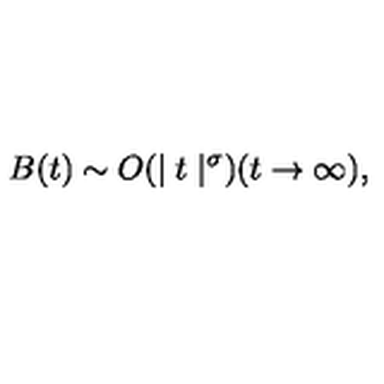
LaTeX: B ( t ) \sim O ( \mid t \mid ^ { \sigma } ) ( t \rightarrow \infty ) ,